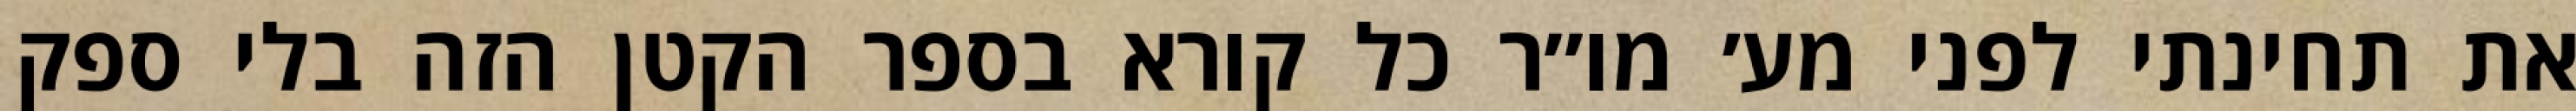
את תחינתי לפני מע׳ מו״ר כל קורא בספר הקטן הזה בלי ספק